Report on lock hospitals in British Burma
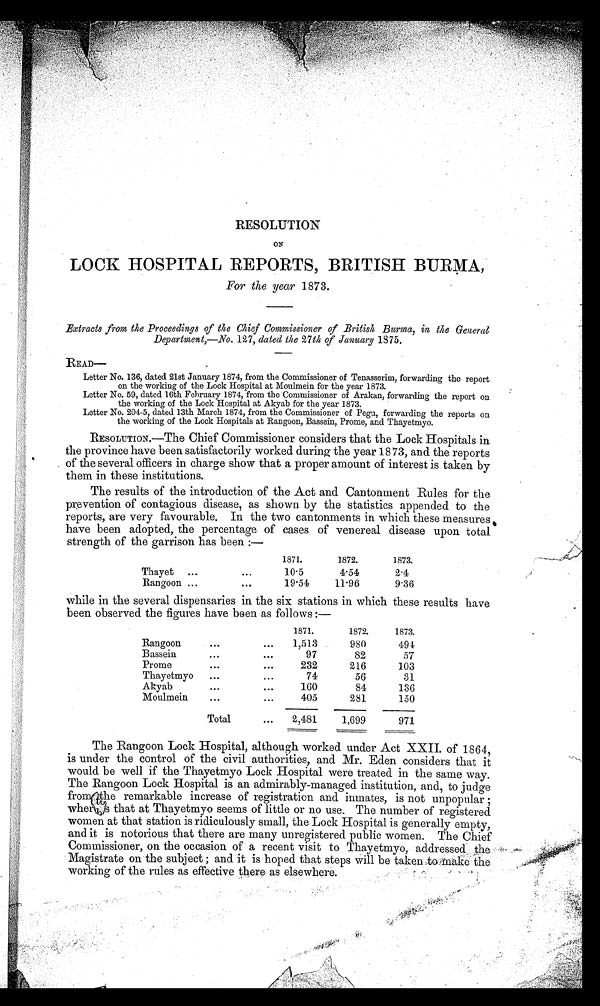
RESOLUTION
ON
LOCK HOSPITAL REPORTS, BRITISH BURMA,
For the year 1873.
Extracts from the Proceedings of the Chief Commissioner of British Burma, in the General
Department,—No. 127, dated the 27th of January 1875.
READ—
Letter No. 136, dated 21st January 1874, from the Commissioner of Tenasserim, forwarding the report
on the working of the Lock Hospital at Moulmein for the year 1873.
Letter No. 59, dated 16th February 1874, from the Commissioner of Arakan, forwarding the report on
the working of the Lock Hospital at Akyab for the year 1873.
Letter No. 204-5, dated 13th March 1874, from the Commissioner of Pegu, forwarding the reports on
the working of the Lock Hospitals at Rangoon, Bassein, Prome, and Thayetmyo.
RESOLUTION.—The Chief Commissioner considers that the Lock Hospitals in
the province have been satisfactorily worked during the year 1873, and the reports
of the several officers in charge show that a proper amount of interest is taken by
them in these institutions.
The results of the introduction of the Act and Cantonment Rules for the
prevention of contagious disease, as shown by the statistics appended to the
reports, are very favourable. In the two cantonments in which these measures
have been adopted, the percentage of cases of venereal disease upon total
strength of the garrison has been :—
1871.
1872.
1873.
Thayet
...
. . .
10.5
4.54
2.4
Rangoon ...
. . .
19.51
11.96
9.36
while in the several dispensaries in the six stations in which these results have
been observed the figures have been as follows :—
1871.
1872.
1873.
Rangoon
...
...
1,513
980
494
Bassein
...
. . .
97
82
57
Prome
...
. . .
232
216
103
Thayetmyo
...
...
74
56
31
Akyab
...
...
160
84
136
Moulmein
...
...
405
281
150
Total
. . .
2,181
1,699
971
The Rangoon Lock Hospital, although worked under Act XXII. of 1864,
is under the control of the civil authorities, and Mr. Eden considers that it
would be well if the Thayetmyo Lock Hospital were treated in the same way.
The Rangoon Lock Hospital is an admirably-managed institution, and, to judge
f r o m t h e r e m a r k a b l e i n c r e a s e o f r e g i s t r a t i o n a n d i n m a t e s , i s n o t u n p o p u l a r ;
wher is that at Thayetmyo seems of little or no use. The number of registered
women at that station is ridiculously small, the Lock Hospital is generally empty,
and it is notorious that there are many unregistered public women. The Chief
Commissioner, on the occasion of a recent visit to Thayetmyo, addressed the
Magistrate on the subject ; and it is hoped that steps will be taken to make the
working of the rules as effective there as elsewhere.